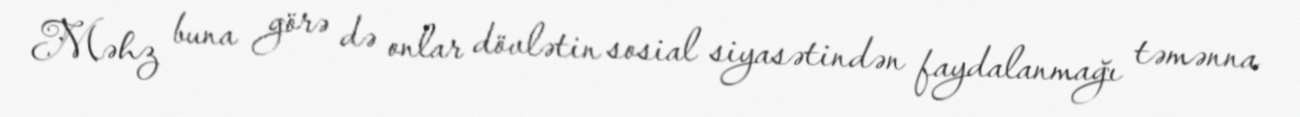
Məhz buna görə də onlar dövlətin sosial siyasətindən faydalanmağı təmənna